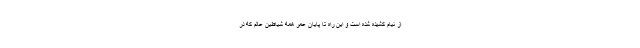
از نیام کشیده شده است و این راه تا پایان عمر همه شیاطین عالم که در